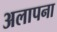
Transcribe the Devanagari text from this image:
अलापना